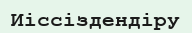
Иіссіздендіру